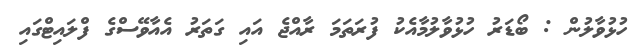
ހުޅުވާލުން : ބޯޑަރު ހުޅުވާލުމާއެކު ފުރަތަމަ ރާއްޖެ އައި ގަތަރު އެއާވޭސްގެ ފްލައިޓްގައި